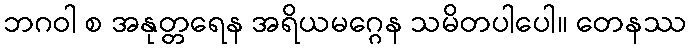
ဘဂဝါ စ အနုတ္တရေန အရိယမဂ္ဂေန သမိတပါပေါ။ တေနဿ